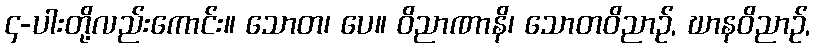
၄-ပါးတို့လည်းကောင်း။ သောတ၊ ပေ။ ဝိညာဏာနိ၊ သောတဝိညာဉ်, ဃာနဝိညာဉ်,